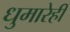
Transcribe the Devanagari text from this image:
धुमारेही